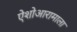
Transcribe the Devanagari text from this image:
ऐशोआरामाला